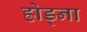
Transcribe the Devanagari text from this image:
ह्रोड्ना